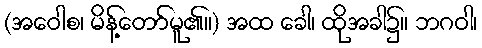
(အဝေါစ၊ မိန့်တော်မူ၏။) အထ ခေါ၊ ထိုအခါ၌။ ဘဂဝါ၊